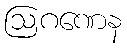
ဩဂဏေန